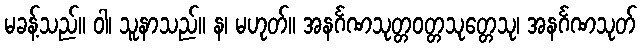
မခန့်သည်။ ဝါ၊ သူနာသည်။ န၊ မဟုတ်။ အနင်္ဂဏသုတ္တဝတ္တသုတ္တေသု၊ အနင်္ဂဏသုတ်